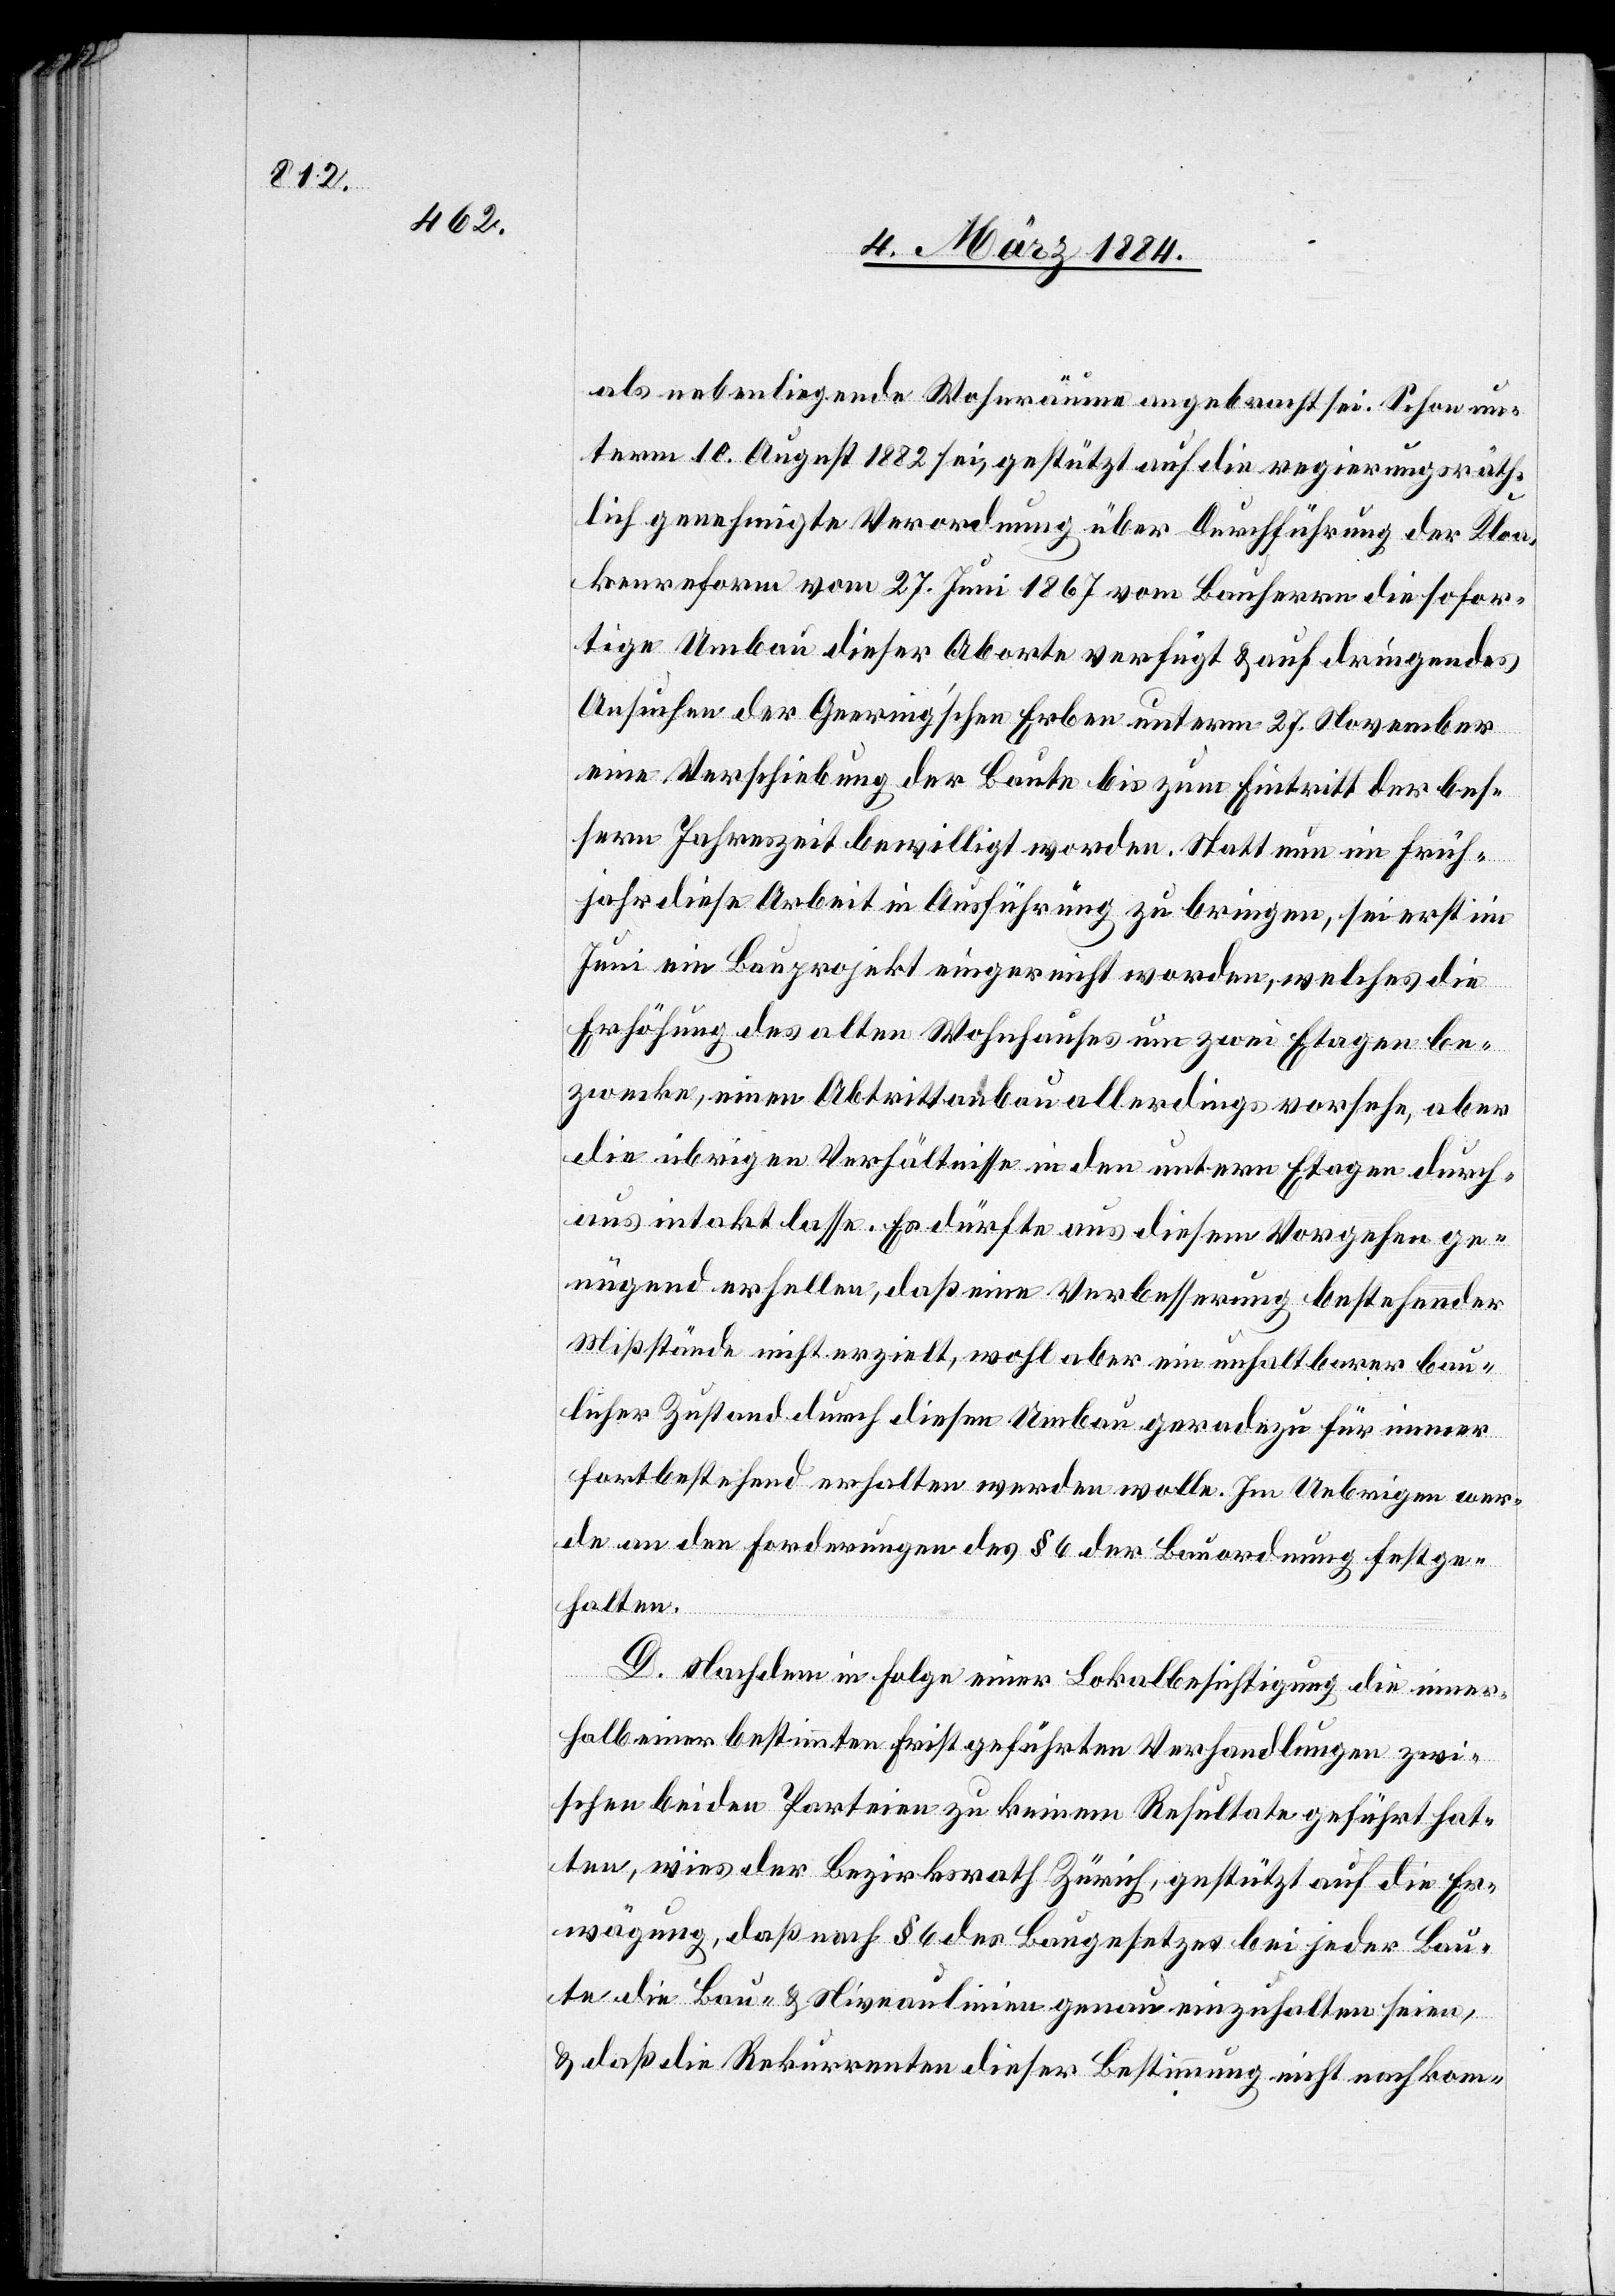
als nebenliegende Wohnräume angebracht sei. Schon un¬
term 10. August 1882 sei, gestützt auf die regierungsräth¬
lich genehmigte Verordnung über Durchführung der Kloa¬
kenreform vom 27. Juni 1867 vom Bauherrn die [sic!] sofor¬
tige Umbau dieser Aborte verfügt & auf dringendes
Ansuchen der Geering’schen Erben unterm 17. November
eine Verschiebung der Baute bis zum Eintritt der bes¬
sern Jahreszeit bewilligt worden. Statt nun im Früh¬
jahr diese Arbeit in Ausführung zu bringen, sei erst im
Juni ein Bauprojekt eingereicht worden, welches die
Erhöhung des alten Wohnhauses um zwei Etagen be¬
zwecke, einen Abtrittbau allerdings vorsehe, aber
die übrigen Verhältnisse in den untern Etagen durch¬
aus intakt lasse. Es dürfte aus diesem Vorgehen ge¬
nügend erhellen, daß eine Verbesserung bestehender
Mißstände nicht erzielt, wohl aber ein unhaltbarer bau¬
licher Zustand durch diesen Umbau geradezu für immer
fortbestehend erhalten werden wolle. Im Uebrigen wer¬
de an den Forderungen des § 6 der Bauordnung festge¬
halten.
D. Nachdem in Folge einer Lokalbesichtigung die inner¬
halb einer bestimmten Frist geführten Verhandlungen zwi¬
schen beiden Parteien zu keinem Resultat geführt hat¬
ten, wies der Bezirksrath Zürich, gestützt auf die Er¬
wägung, daß nach § 6 des Beigesetzten bei jeder Bau¬
te die Bau- & Niveaulinien genau einzuhalten seien,
& daß die Rekurrenten dieser Bestimmung nicht nachkom-